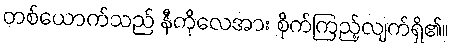
တစ်ယောက်သည် နီကိုလေအား စိုက်ကြည့်လျက်ရှိ၏။